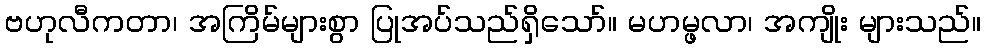
ဗဟုလီကတာ၊ အကြိမ်များစွာ ပြုအပ်သည်ရှိသော်။ မဟမ္ဖလာ၊ အကျိုး များသည်။